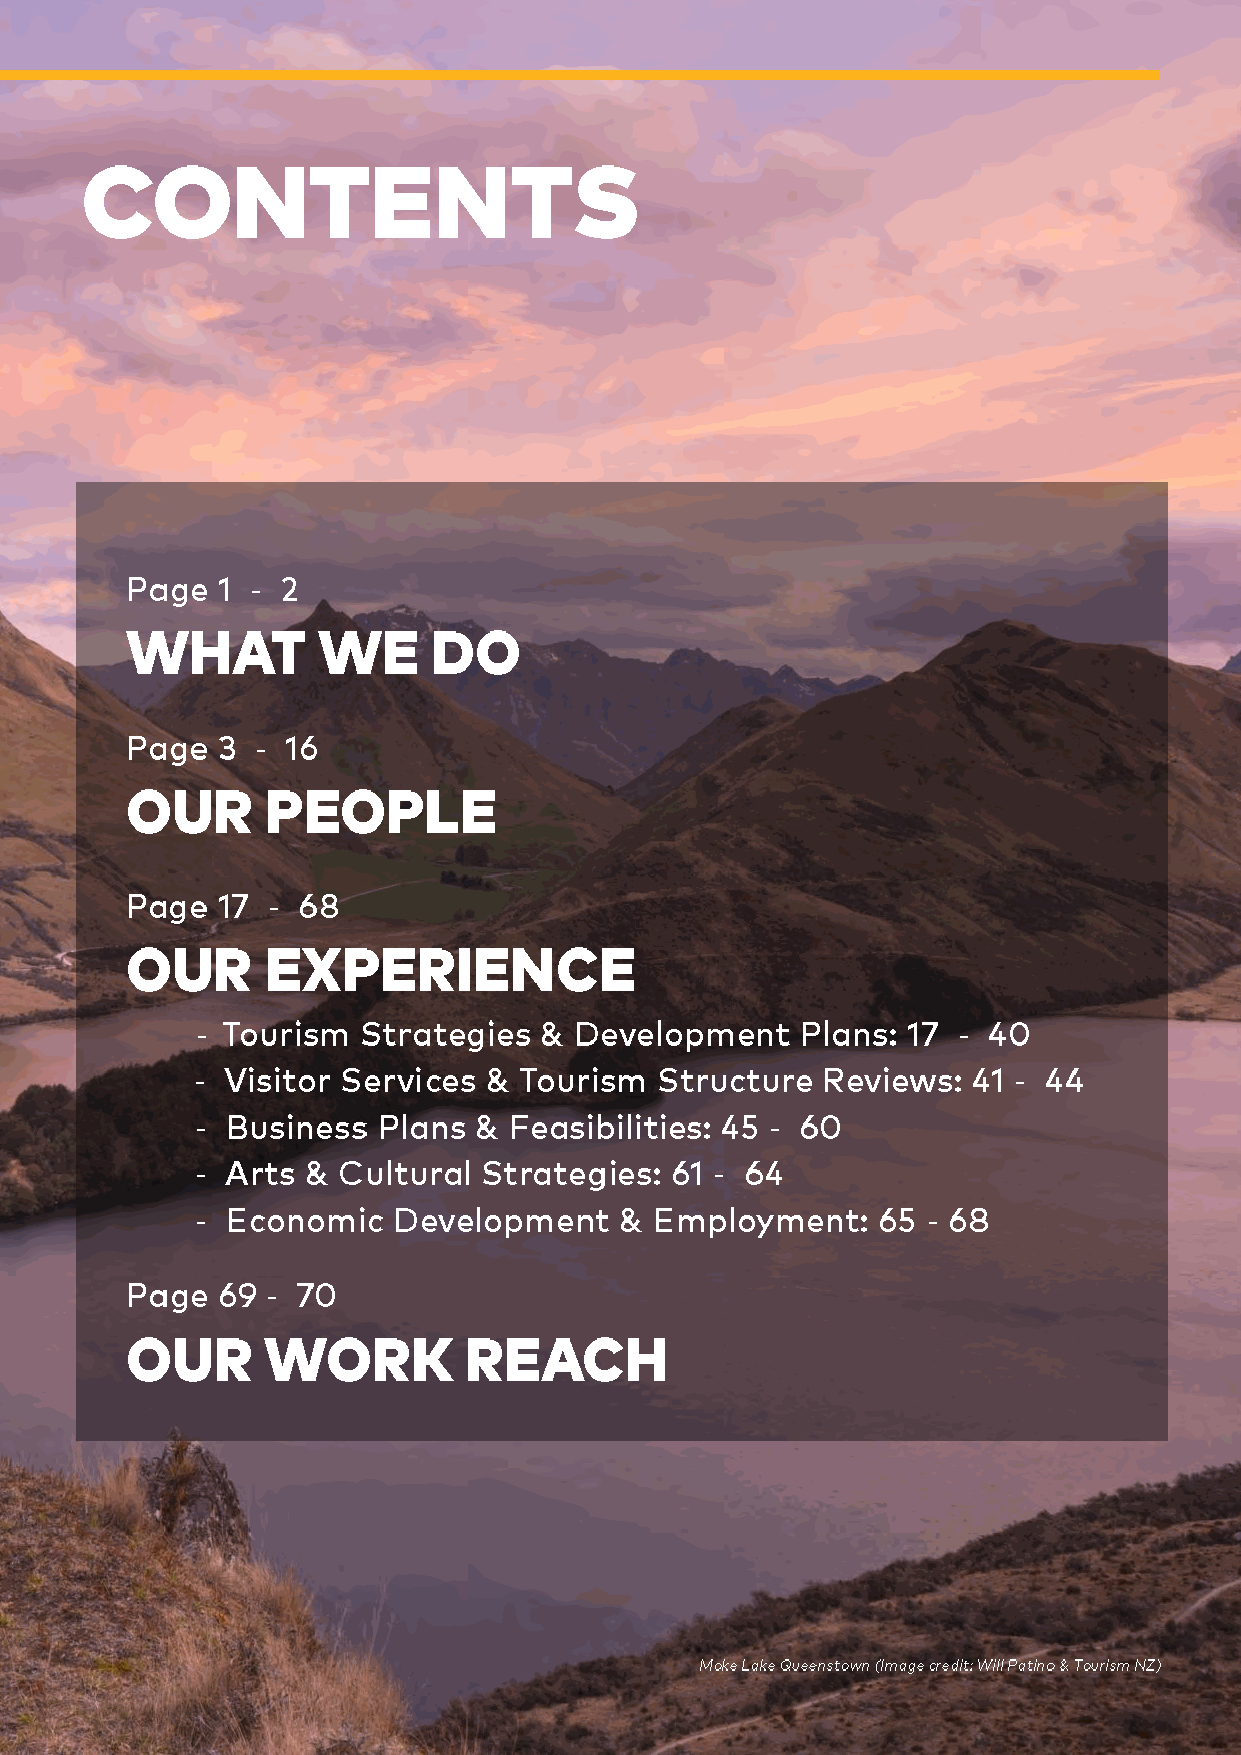
-
 -
 -
 -                                                 -
 -                                                     -
 -                                     -
 -                                 -
 -                                               -
 -
 STAFFORD STRATEGY | 3